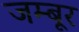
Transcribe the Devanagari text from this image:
जम्बूर